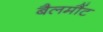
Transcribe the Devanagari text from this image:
बैलमौंट